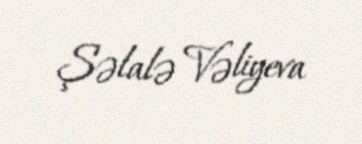
Şəlalə Vəliyeva